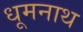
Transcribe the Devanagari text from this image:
धूमनाथ